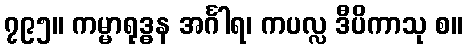
၇၉၅။ ကမ္မာရုဒ္ဓန အင်္ဂါရ၊ ကပလ္လ ဒီပိကာသု စ။